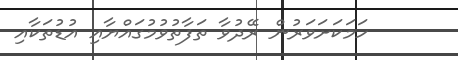
ހަމަކަށަވަރުން ރޭދުވާ ތަފާތުވުމުގައްޔާއި އުޑުތަކާއި